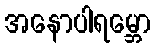
အနောပါရမ္ဘော